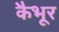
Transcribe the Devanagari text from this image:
कैभूर